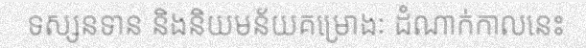
ទស្សនទាន និងនិយមន័យគម្រោងៈ ដំណាក់កាលនេះ